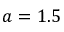
a = 1 . 5